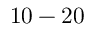
1 0 - 2 0